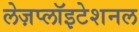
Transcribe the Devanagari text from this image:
लेज़प्लॉइटेशनल